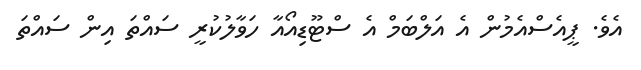
އެވެ. ޕީއެސްއެމުން އެ އަލްބަމް އެ ސްޓޫޑިއޯއާ ހަވާލުކުރީ ސައްތަ އިން ސައްތަ